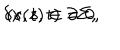
\delta x ( s , t ) = 0 , \hspace { 2 m m } ( s , t ) \in \partial \Sigma ,